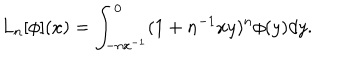
L _ { n } [ \phi ] ( x ) = \int _ { - n x ^ { - 1 } } ^ { 0 } ( 1 + n ^ { - 1 } x y ) ^ { n } \phi ( y ) d y .